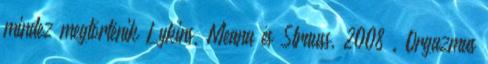
mindez megtörténik Lykins, Meana és Strauss, 2008 . Orgazmus